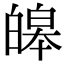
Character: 皞